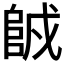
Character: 𨹇